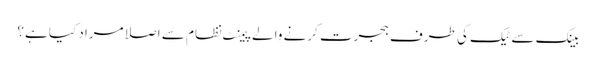
بینک سے ٹیک کی طرف ہجرت کرنے والے پیمنٹ نظام سے اصلا مراد کیا ہے؟